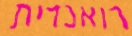
רואנדית